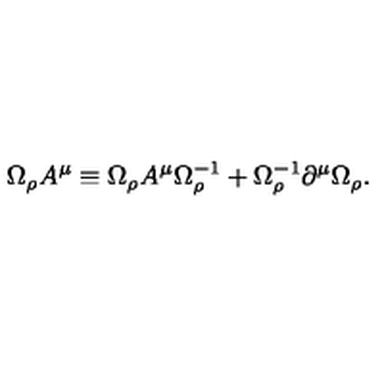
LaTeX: \Omega _ { \rho } A ^ { \mu } \equiv \Omega _ { \rho } A ^ { \mu } \Omega _ { \rho } ^ { - 1 } + \Omega _ { \rho } ^ { - 1 } \partial ^ { \mu } \Omega _ { \rho } .